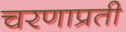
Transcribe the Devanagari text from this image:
चरणाप्रती